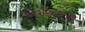
એએચએલ